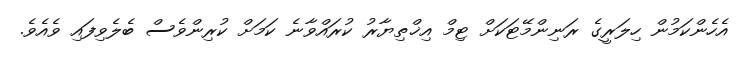
އެހެންކަމުން ހިލަރީގެ ރަނިންމޭޓަކަށް ޓިމް އިޚްތިޔާރު ކުރައްވާނެ ކަމަށް ކުރިންވެސް ބެލެވިފައި ވެއެވެ.